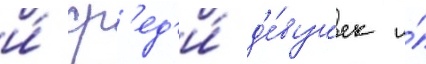
и́ ср'ед'и́ д'е́вушек и́